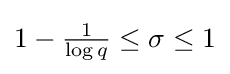
{\textstyle 1-{\frac {1}{\log q}}\leq \sigma \leq 1}